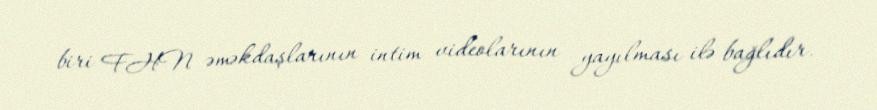
biri FHN əməkdaşlarının intim videolarının yayılması ilə bağlıdır.